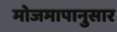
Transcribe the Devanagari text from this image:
मोजमापानुसार